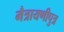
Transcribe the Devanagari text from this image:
मैत्रायणीपुत्र